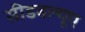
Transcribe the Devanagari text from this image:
सीडबल्यूए